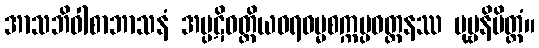
အာသဘိဝါစာဘာသနံ အပ္ပဋိဝတ္တိယဝရဓမ္မစက္ကပ္ပဝတ္တနဿ ပုဗ္ဗနိမိတ္တံ။